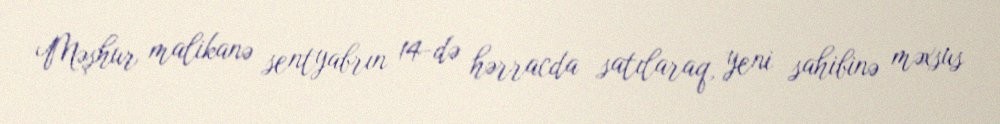
Məşhur malikanə sentyabrın 14-də hərracda satılaraq, yeni sahibinə məxsus